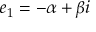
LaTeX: e _ { 1 } = - \alpha + \beta i